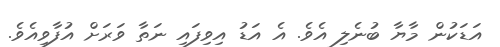
އަޑަކުން މާޔާ ބުނެލި އެވެ. އެ އަޑު އިވިފައި ނަތާ ވަރަށް އުފާވިއެވެ.